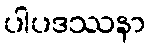
ပါပဒဿနာ